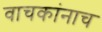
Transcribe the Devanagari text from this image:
वाचकांनाच